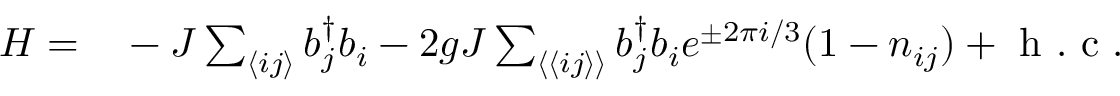
\begin{array} { r l } { H = } & { { } - J \sum _ { \langle i j \rangle } b _ { j } ^ { \dagger } b _ { i } - 2 g J \sum _ { \langle \langle i j \rangle \rangle } b _ { j } ^ { \dagger } b _ { i } e ^ { \pm 2 \pi i / 3 } ( 1 - n _ { i j } ) + \mathrm { ~ h ~ . ~ c ~ . ~ } } \end{array}